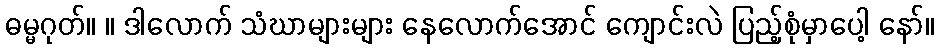
ဓမ္မဂုတ်။ ။ ဒါလောက် သံဃာများများ နေလောက်အောင် ကျောင်းလဲ ပြည့်စုံမှာပေါ့ နော်။